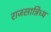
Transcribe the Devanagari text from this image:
राजसान्निध्य